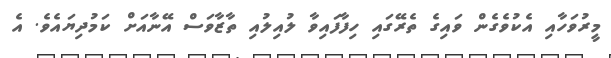
މީރުވަހާއި އެކުވެގެން ވައިގެ ތެރޭގައި ހިފާފައިވާ ލުއިލުއި ތާޒާވަސް އޭނާއަށް ކަމުދިޔައެވެ. އެ